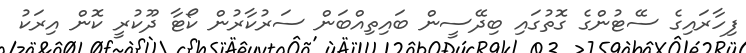
ފިހާރައިގެ ސޭޓުންގެ ގޮތުގައި ބިދޭސީން ބައިތިއްބަން ސަރުކާރުން ކޯޓާ ދޫކުރީ ކޮން އިރަކު